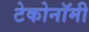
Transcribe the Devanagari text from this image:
टेकोनॉमी